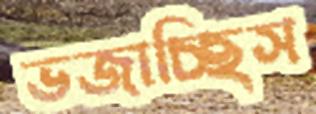
ভজাচ্ছিস